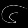
Digit: ၆